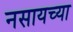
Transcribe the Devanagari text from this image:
नसायच्या